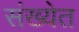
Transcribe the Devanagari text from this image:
संख्‍येत